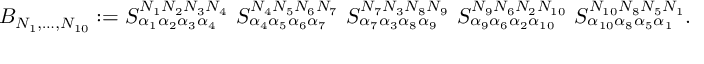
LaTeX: { \cal B } _ { N _ { 1 } , \ldots , N _ { 1 0 } } : = { S } _ { \alpha _ { 1 } \alpha _ { 2 } \alpha _ { 3 } \alpha _ { 4 } } ^ { N _ { 1 } N _ { 2 } N _ { 3 } N _ { 4 } } \ { S } _ { \alpha _ { 4 } \alpha _ { 5 } \alpha _ { 6 } \alpha _ { 7 } } ^ { N _ { 4 } N _ { 5 } N _ { 6 } N _ { 7 } } \ { S } _ { \alpha _ { 7 } \alpha _ { 3 } \alpha _ { 8 } \alpha _ { 9 } } ^ { N _ { 7 } N _ { 3 } N _ { 8 } N _ { 9 } } \ { S } _ { \alpha _ { 9 } \alpha _ { 6 } \alpha _ { 2 } \alpha _ { 1 0 } } ^ { N _ { 9 } N _ { 6 } N _ { 2 } N _ { 1 0 } } \ { S } _ { \alpha _ { 1 0 } \alpha _ { 8 } \alpha _ { 5 } \alpha _ { 1 } } ^ { N _ { 1 0 } N _ { 8 } N _ { 5 } N _ { 1 } } .